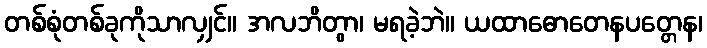
တစ်စုံတစ်ခုကိုသာလျှင်။ အလဘိတွာ၊ မရခဲ့ဘဲ။ ယထာဓောတေနပတ္တေန၊